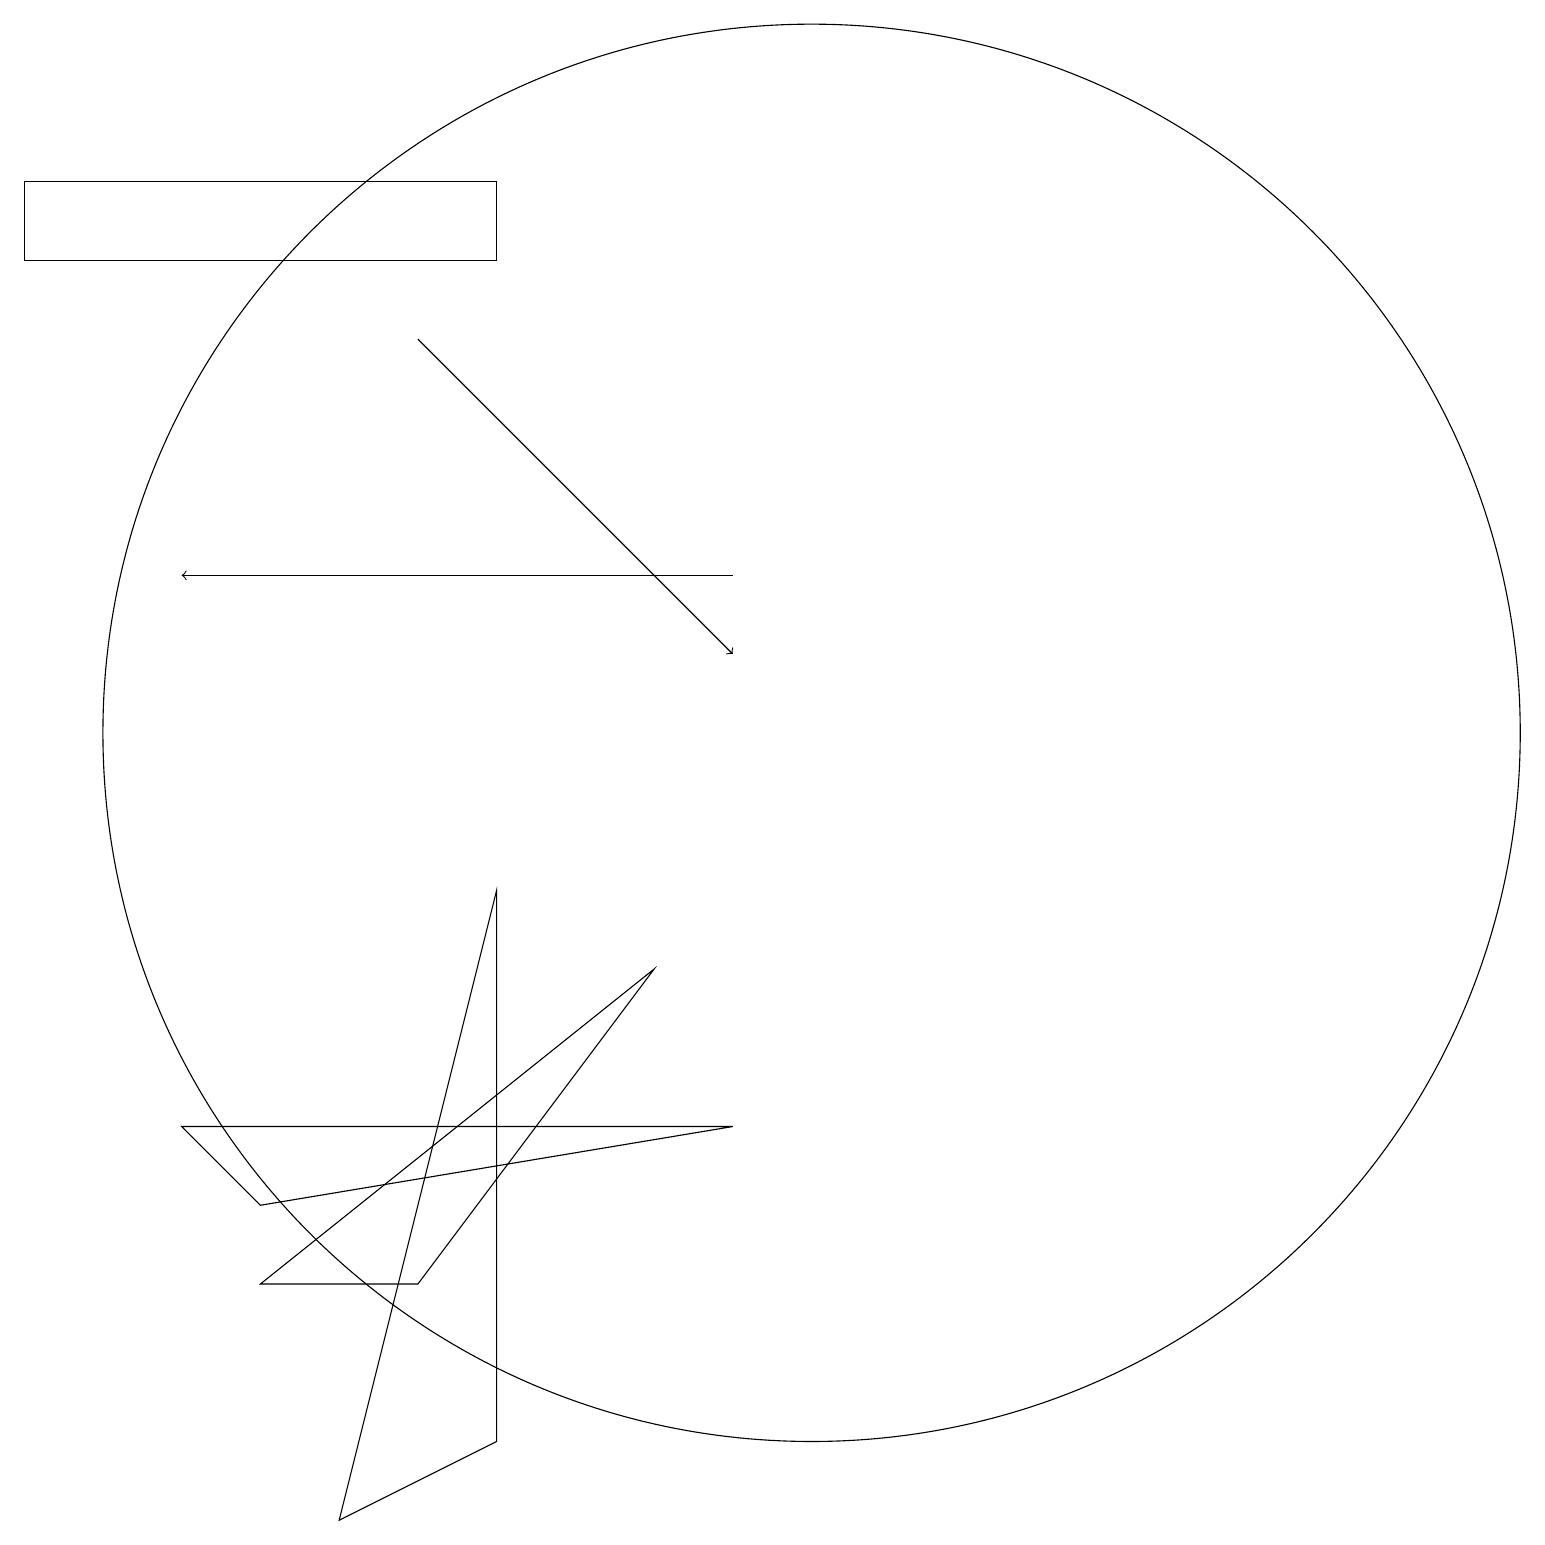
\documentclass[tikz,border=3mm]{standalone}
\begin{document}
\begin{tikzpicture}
\draw (10,11) circle (9);
\draw (8,8) -- (5,4) -- (3,4) -- cycle;
\draw (3,5) -- (2,6) -- (9,6) -- cycle;
\draw (0,18) rectangle (6,17);
\draw[->] (9,13) -- (2,13);
\draw (6,9) -- (6,2) -- (4,1) -- cycle;
\draw[->] (5,16) -- (9,12);
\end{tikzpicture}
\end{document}